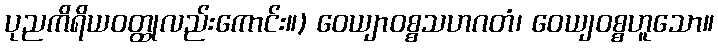
ပုညကိရိယဝတ္ထုလည်းကောင်း။) ဝေယျာဝစ္စသဟဂတံ၊ ဝေယျဝစ္စဟူသော။